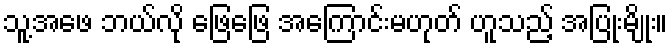
သူ့အဖေ ဘယ်လို ဖြေဖြေ အကြောင်းမဟုတ် ဟူသည့် အပြုံးမျိုး။